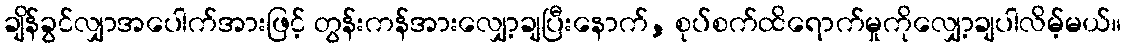
ချိန်ခွင်လျှာအပေါက်အားဖြင့် တွန်းကန်အားလျှော့ချပြီးနောက်, စုပ်စက်ထိရောက်မှုကိုလျှော့ချပါလိမ့်မယ်။